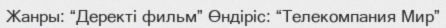
Жанры: “Деректі фильм” Өндіріс: “Телекомпания Мир”